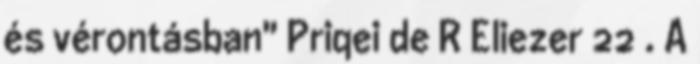
és vérontásban" Priqei de R Eliezer 22 . A